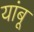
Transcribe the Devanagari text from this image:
यांबू